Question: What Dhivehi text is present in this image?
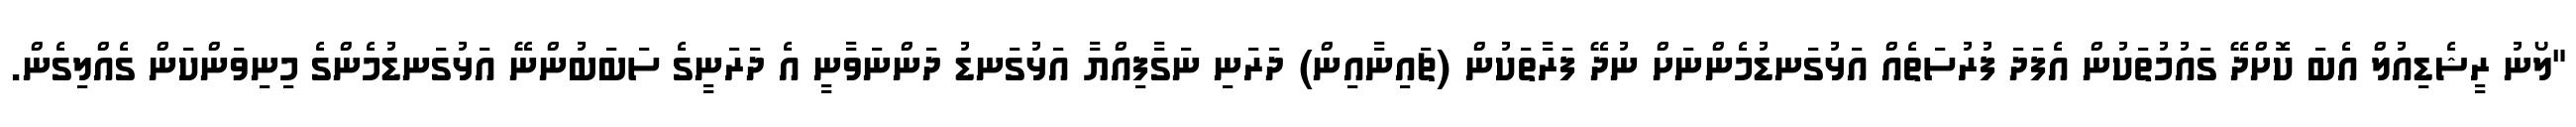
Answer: "ލޯނު ރީޝެޑިއުލް އެބަ ކޮށްދޭ ގައުމުތަކުން އެފަދަ ފުރުސަތެއް އަޅުގަނޑުމެންނަށް ނުދޭ ފަރާތަކުން (ޗައިނާއިން) ދަރަނި ނަގާފިއްޔާ އަޅުގަނޑު ދަންނަވާނީ އެ ދަރަނީގެ ސަބަބުންނޭ އަޅުގަނޑުމެންގެ މިނިވަންކަން ގެއްލިގެން.